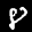
Digit: 8